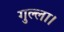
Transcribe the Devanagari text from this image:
गुल्ला।